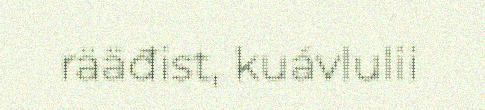
rääđist, kuávlulii